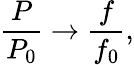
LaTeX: \frac{P}{P_{0}}\rightarrow\frac{f}{f_{0}},